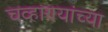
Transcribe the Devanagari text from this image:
चव्हाण्यांच्या